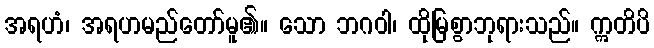
အရဟံ၊ အရဟမည်တော်မူ၏။ သော ဘဂဝါ၊ ထိုမြစွာဘုရားသည်။ ဣတိပိ